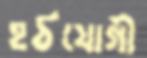
হঠযোগী